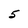
Character: 5